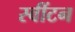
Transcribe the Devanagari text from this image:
स्वींटन